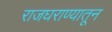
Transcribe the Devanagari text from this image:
राजघराण्यातून